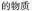
的物质